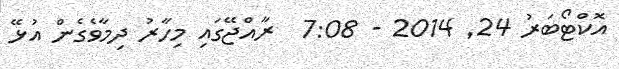
އޮކްޓޯބަރު 24